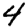
Digit: 4